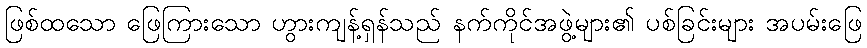
ဖြစ်ထသော ဖြေကြားသော ဟွားကျန့်ရှန်သည် နက်ကိုင်အဖွဲ့များ၏ ပစ်ခြင်းများ အပမ်းဖြေ